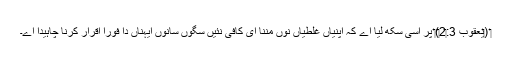
‏ (‏یعقوب 3:‏2‏)‏ پر اَسی سکھ لیا اے کہ اپنیاں غلطیاں نُوں مننا ای کافی نئیں سگوں سانوں ایہناں دا فوراً اِقرار کرنا چاہیدا اے۔